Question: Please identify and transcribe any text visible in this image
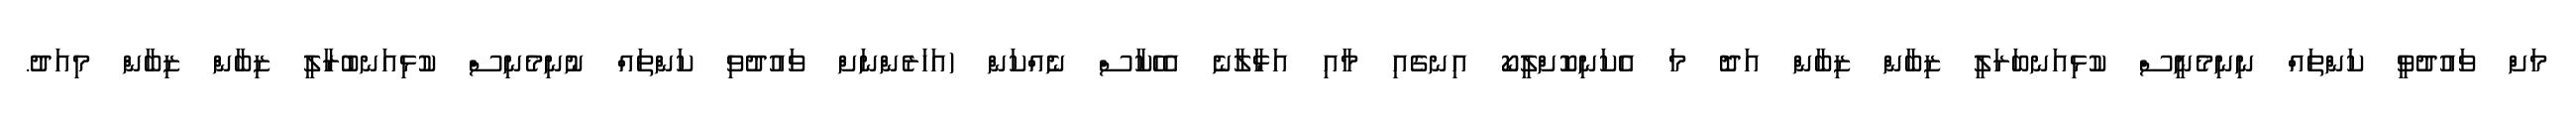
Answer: މަށް ވައުދުވީ ކަންތައް ނިނިމެނީސް ކުޅިއަނބަރަލީ ޒިބާން ޒިބާން އަދޮ މަ އެކަނިކޮށްލީކޯ އިނގެއި މާއި އަޅާލާނެ އެހެކާސް ނެއްކަން (އަހަރެންނަށް ވައުދުވި ކަންތައް ނުނިމެނިސް ކުޅިއަނބުރާލީ ޒިބާން ޒިބާން މިއަދު.